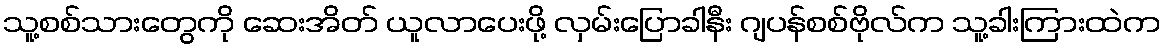
သူ့စစ်သားတွေကို ဆေးအိတ် ယူလာပေးဖို့ လှမ်းပြောခါနီး ဂျပန်စစ်ဗိုလ်က သူ့ခါးကြားထဲက